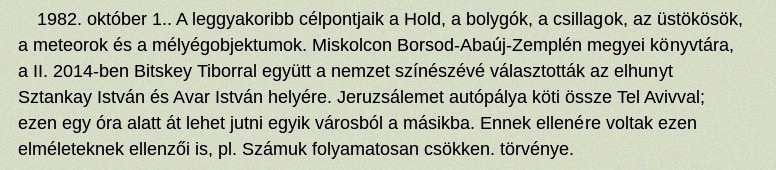
1982. október 1.. A leggyakoribb célpontjaik a Hold, a bolygók, a csillagok, az üstökösök, a meteorok és a mélyégobjektumok. Miskolcon Borsod-Abaúj-Zemplén megyei könyvtára, a II. 2014-ben Bitskey Tiborral együtt a nemzet színészévé választották az elhunyt Sztankay István és Avar István helyére. Jeruzsálemet autópálya köti össze Tel Avivval; ezen egy óra alatt át lehet jutni egyik városból a másikba. Ennek ellenére voltak ezen elméleteknek ellenzői is, pl. Számuk folyamatosan csökken. törvénye.